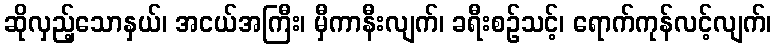
ဆိုလှည့်သောနှယ်၊ အငယ်အကြီး၊ မှီကာနီးလျက်၊ ခရီးစဉ်သင့်၊ ရောက်ကုန်လင့်လျက်၊